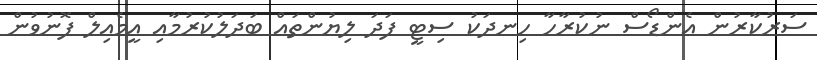
ސަރުކާރުން އެންޑޯސް ނުކުރާހާ ހިނދަކު ސިޓީ ފަދަ ލިޔުންތައް ބަދަލުކުރުމާއި އީމެއިލް ފޮނުވުން